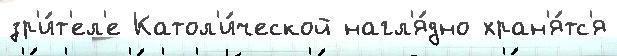
зр'и́т'ел'е Катол'и́ческой нагл'я́дно хран'я́тс'я